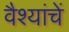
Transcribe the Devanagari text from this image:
वैश्यांचें